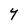
Character: Y